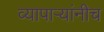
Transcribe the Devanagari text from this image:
व्यापाऱ्यांनीच